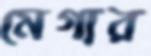
মেগার